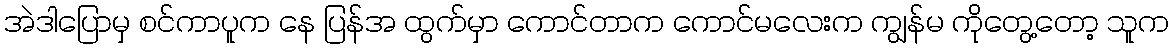
အဲဒါပြောမှ စင်ကာပူက နေ ပြန်အ ထွက်မှာ ကောင်တာက ကောင်မလေးက ကျွန်မ ကိုတွေ့တော့ သူက